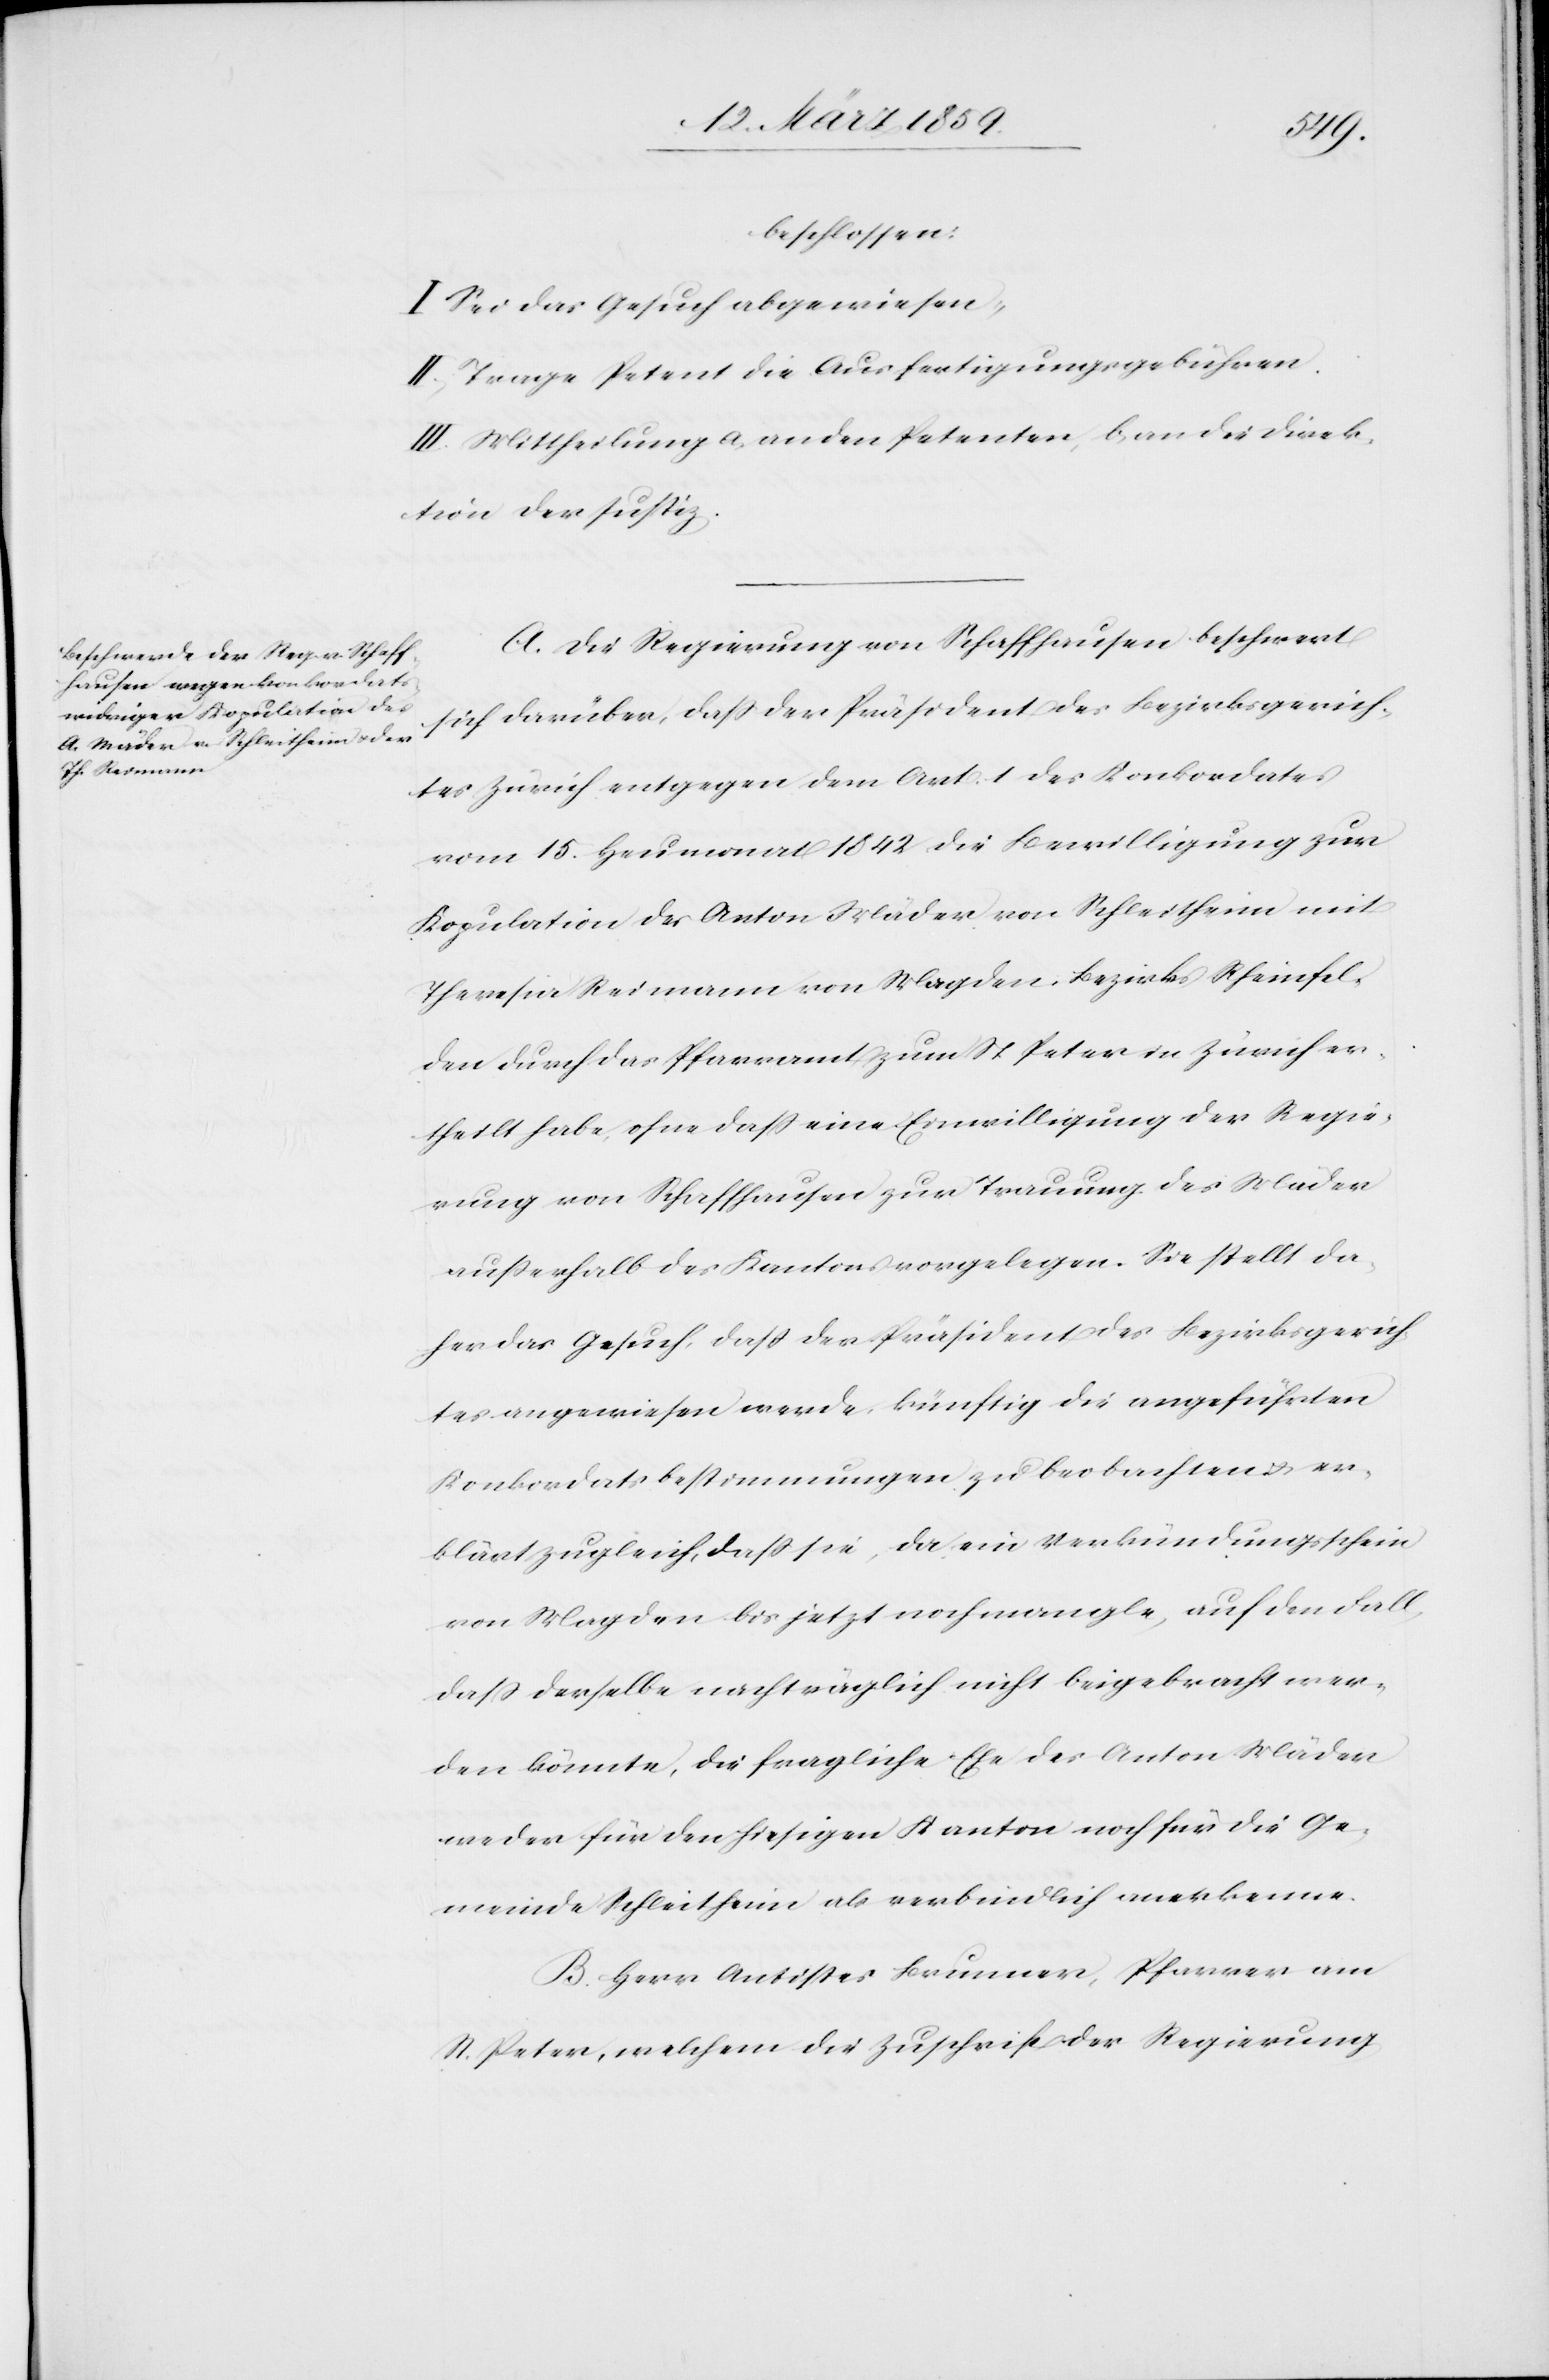
beschlossen:
I. Sei das Gesuch abgewiesen.
II. Trage Petent die Ausfertigungsgebühren.
III. Mittheilung a, an den Petenten, b, an die Direk¬
tion der Justiz.
A. Die Regierung von Schaffhausen beschwert
sich darüber, daß der Präsident des Bezirksgerich¬
tes Zürich entgegen dem Art. 1 des Konkordates
vom 15. Heumonat 1842 die Bewilligung zur
Kopulation des Anton Mäder von Schleitheim mit
Theresia Reimann von Magden, Bezirks Rheinfel¬
den durch das Pfarramt zum St Peter in Zürich er¬
theilt habe, ohne daß eine Einwilligung der Regie¬
rung von Schaffhausen zur Trauung des Mäder
außerhalb des Kantons vorgelegen. Sie stellt da¬
her das Gesuch, daß der Präsident des Bezirksgerich¬
tes angewiesen werde, künftig die angeführten
Konkordatsbestimmungen zu beobachten u. er¬
klärt zugleich, daß sie, da ein Verkündungsschein
von Magden bis jetzt noch mangle, auf dem Fall
daß derselbe nachträglich nicht beigebracht wer¬
den könnte, die fragliche Ehe des Anton Mäder
weder für den hiesigen Kanton noch für die Ge¬
meinde Schleitheim als verbindlich anerkenne.
B. Herr Antistes Brunner, Pfarrer am
St. Peter, welchem die Zuschrift der Regierung